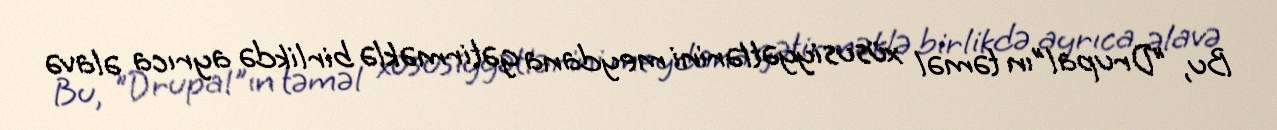
Bu, "Drupal"ın təməl xüsusiyyətlərini meydana gətirməklə birlikdə ayrıca əlavə